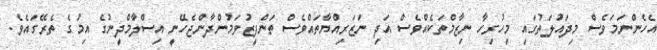
އެހެންނަމަވެސް މިދައުލަތުގައި މިހުރިހާ ނިޒާމްތަކެއްވެސް އަދި ނަޒަރިއްޔާތައްވެސް ތަންފީޒުވަމުންދާންޖެހޭނީ އިސްލާމްދީނުގެ އިމުގެ ތެރޭގައެވެ.